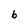
Character: 6